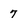
Character: 7